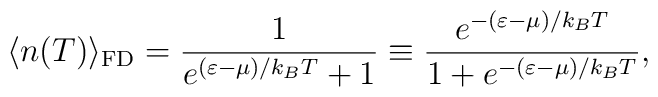
\langle n(T) \rangle_{\rm{FD}} =       \frac{1}{e^{(\varepsilon -\mu) /k_BT}+1} \equiv      \frac{e^{- (\varepsilon -\mu) /k_BT}}{1 + e^{-(\varepsilon -\mu) /k_BT}},